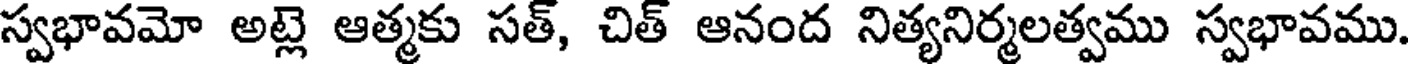
స్వభావమో అట్లె ఆత్మకు సత్, చిత్ ఆనంద నిత్యనిర్మలత్వము స్వభావము.